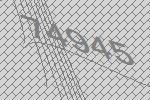
74945